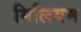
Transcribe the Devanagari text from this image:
मिलियम